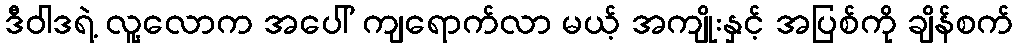
ဒီဝါဒရဲ့ လူ့လောက အပေါ် ကျရောက်လာ မယ့် အကျိုးနှင့် အပြစ်ကို ချိန်စက်